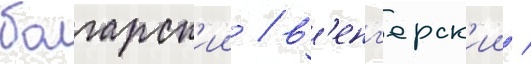
болгарск'ии / в'енг'ерск'ии /